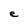
Character: e